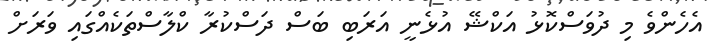
އެހެންވެ މި ދުވަސްކޮޅު އަކްޝޭ އުޅެނީ އަރަބި ބަސް ދަސްކުރާ ކްލާސްތަކެއްގައި ވަރަށް